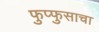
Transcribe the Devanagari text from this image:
फुप्फुसाचा